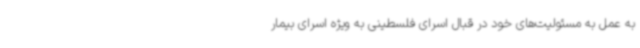
به عمل به مسئولیت‌های خود در قبال اسرای فلسطینی به ویژه اسرای بیمار